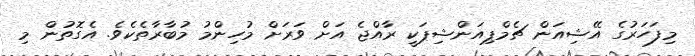
މިފަހަރުގެ އޭޝިއަން ޗެމްޕިއަންޝިޕަކީ ރާއްޖެ އަށް ވަރަށް މުހިންމު މުބާރާތެކެވެ. އެގޮތުން މި